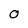
Character: 0